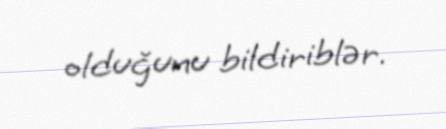
olduğunu bildiriblər.